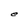
Character: e